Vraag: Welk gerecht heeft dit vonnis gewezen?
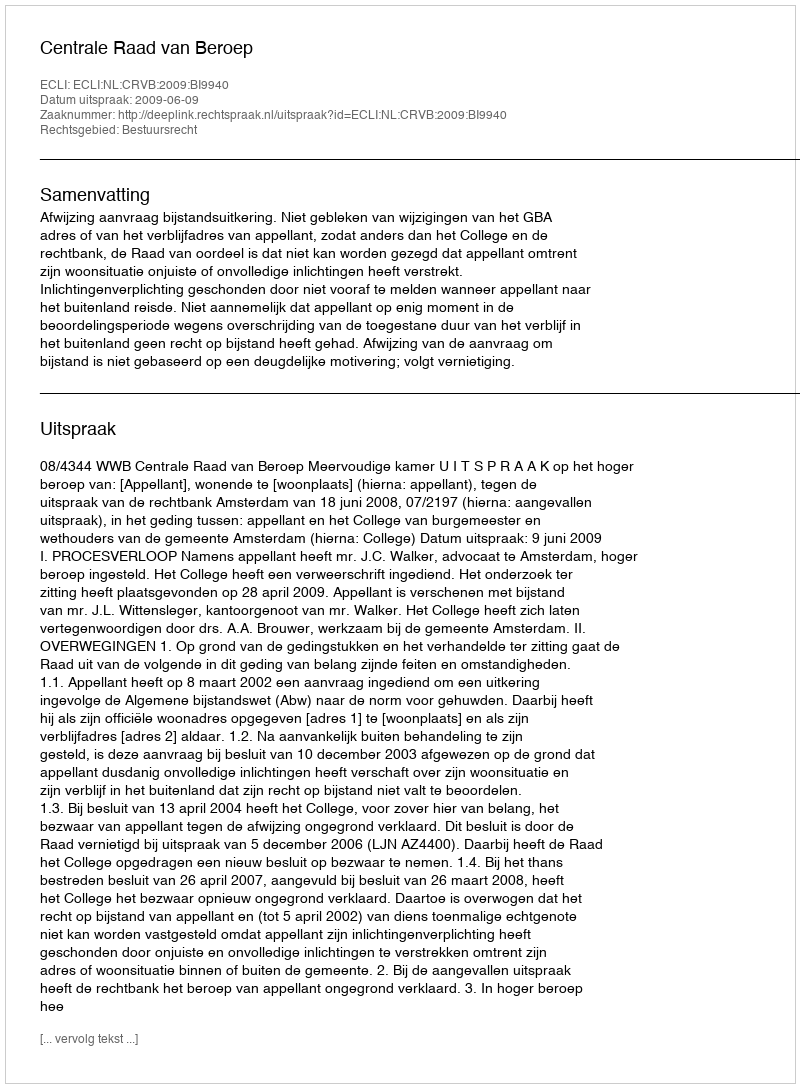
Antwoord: Centrale Raad van Beroep